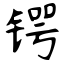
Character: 锷